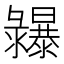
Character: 𢑾